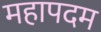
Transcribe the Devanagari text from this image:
महापदम